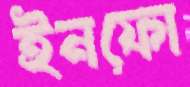
ইনফো